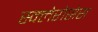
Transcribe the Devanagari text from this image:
स्क्लेरोसेस